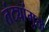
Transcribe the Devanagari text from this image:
तंट्यांमुळे